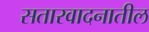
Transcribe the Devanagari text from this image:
सतारवादनातील